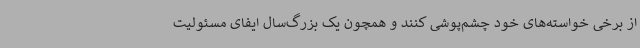
از برخی خواسته‌های خود چشم‌پوشی کنند و همچون یک بزرگ‌سال ایفای مسئولیت